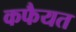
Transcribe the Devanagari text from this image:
कफैयत